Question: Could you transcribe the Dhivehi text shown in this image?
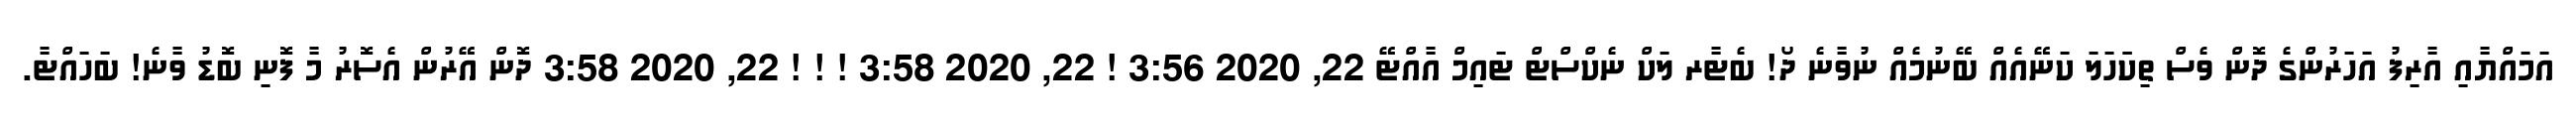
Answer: އަމައްޔާއި އާރިފު އަހަރުންގެ ދޮން ވެސް ތިކަަހަލަ ކަނޭއެއް ބޭނުމެއް ނުވާނެ ދޯ! ބެޓާރ ލަކް ނެކްސްޓް ޓައިމް އާއްޓޭ 22, 2020 3:56 ! 22, 2020 3:58 ! ! ! 22, 2020 3:58 ދޮން އޭރުން އެސޮރު މާ ފޮނި ބޮޑު ވާނެ! ބަހައްޓާ.